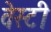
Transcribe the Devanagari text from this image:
वेस्टी